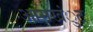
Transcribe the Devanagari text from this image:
आमखंुट